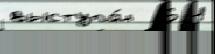
выступа́л  6 1